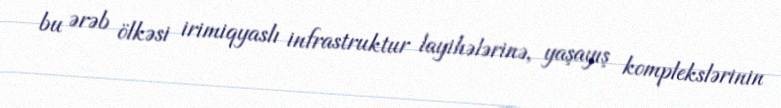
bu ərəb ölkəsi irimiqyaslı infrastruktur layihələrinə, yaşayış komplekslərinin